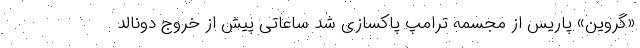
«گروین» پاریس از مجسمه ترامپ پاکسازی شد ساعاتی پیش از خروج دونالد